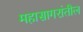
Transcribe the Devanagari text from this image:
महासागरांतील